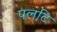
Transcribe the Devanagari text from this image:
पलटि